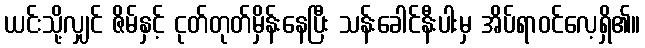
ယင်းသို့လျှင် ဇိမ်နှင့် ငုတ်တုတ်မှိန်းနေပြီး သန်းခေါင်နီးပါးမှ အိပ်ရာဝင်လေ့ရှိ၏။